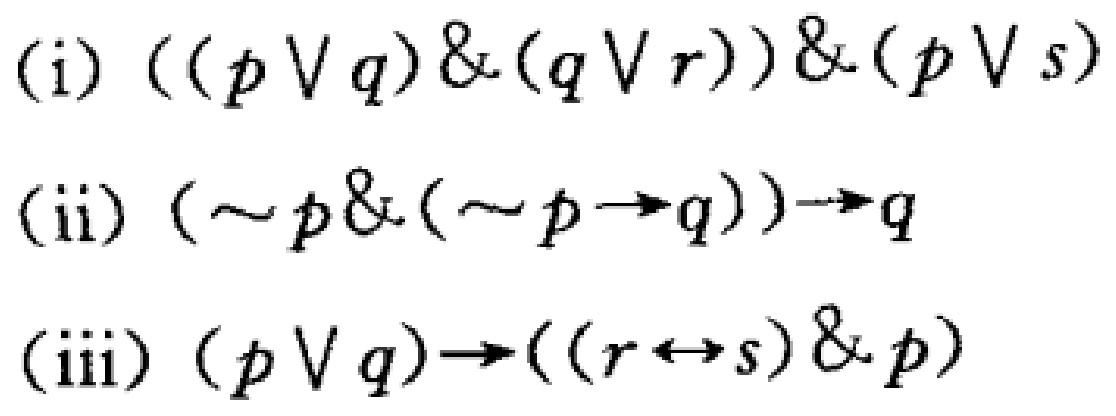
(i) $((p \vee q) \& (q \vee r)) \& (p \vee s)$
(ii) $(\sim p \& (\sim p \to q)) \to q$
(iii) $(p \vee q) \to ((r \leftrightarrow s) \& p)$